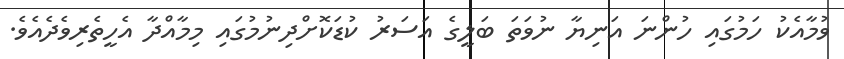
ވުމާއެކު ހަމުގައި ހުންނަ އަނިޔާ ނުވަތަ ބަލީގެ އަސަރު ކުޑަކޮށްދިނުމުގައި މިމާއްދާ އެހީތެރިވެދެއެވެ.